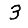
Digit: 3